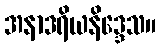
အနာဒရိယနိဒ္ဒေသ။